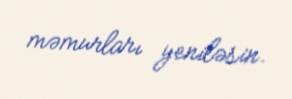
məmurları yeniləsin.